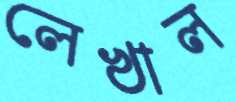
লেখাল